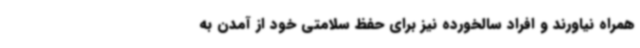
همراه نیاورند و افراد سالخورده نیز برای حفظ سلامتی خود از آمدن به